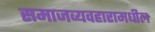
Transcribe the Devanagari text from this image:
समाजव्यवहारामधील